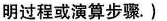
明过程或演算步骤.)